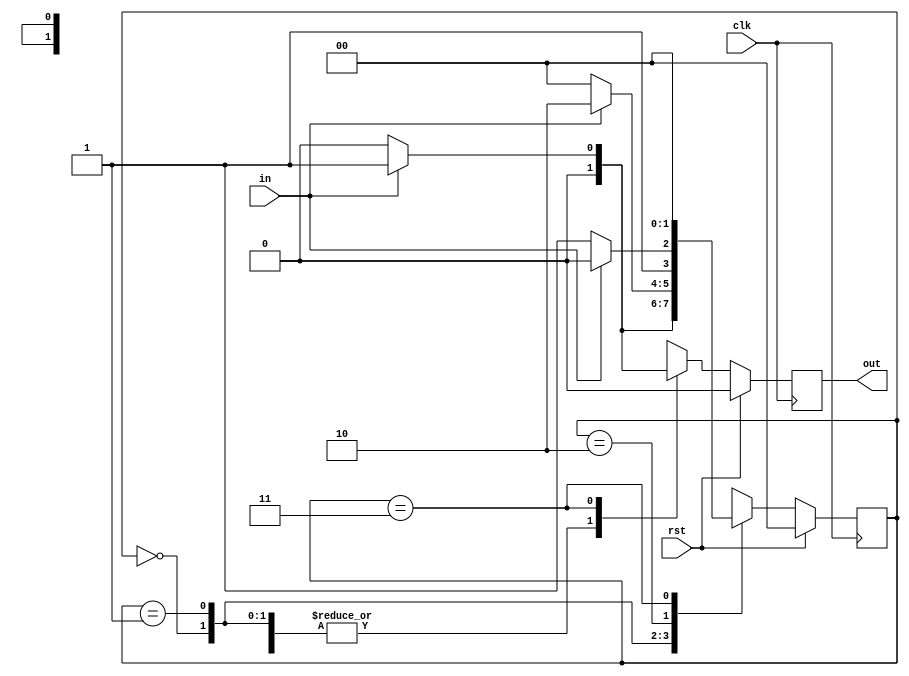
`timescale 1ns / 1ps
// since this is a Mealy type FSM the number of states equal to number of bits in sequence
// also note that this is a non-overlapping sequence
module SeqDetector1101(
input clk,
input rst,
input in,
output reg out);

parameter s0=0, s1=1, s11=2, s110=3;
reg [1:0]state;

always@(posedge clk)
begin
    if(rst == 1'b1)
    begin
        out <= 0;
        state <= s0;
    end
    else
    begin
        case(state)
        s0 : begin
            state <= in ? s1 : s0;
            out <= 0;
        end
        s1 : begin
            state <= in ? s11 : s0;
            out <= 0;
        end
        s11 : begin
            state <= in ? s11 : s110;
            out <= 0;
        end
        s110 : begin
            state <= s0;
            out <= in ? 1 : 0;
        end
        default : begin
            state <= s0;
            out <= 0;
        end
        endcase
    end
end

endmodule